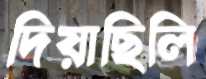
দিয়াছিলি